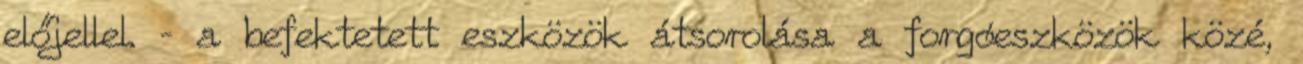
előjellel. – a befektetett eszközök átsorolása a forgóeszközök közé,